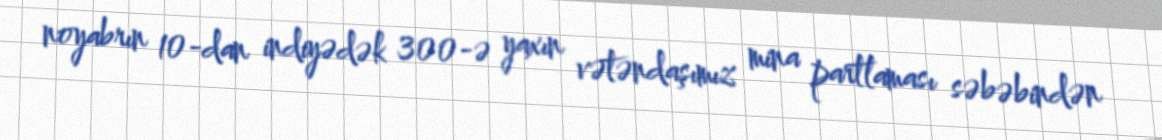
noyabrın 10-dan indiyədək 300-ə yaxın vətəndaşımız mina partlaması səbəbindən